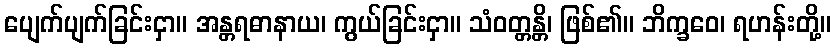
ပျေက်ပျက်ခြင်းငှာ။ အန္တရဓာနာယ၊ ကွယ်ခြင်းငှာ။ သံဝတ္တန္တိ၊ ဖြစ်၏။ ဘိက္ခဝေ၊ ရဟန်းတို့။